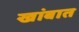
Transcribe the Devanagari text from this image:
खांबात